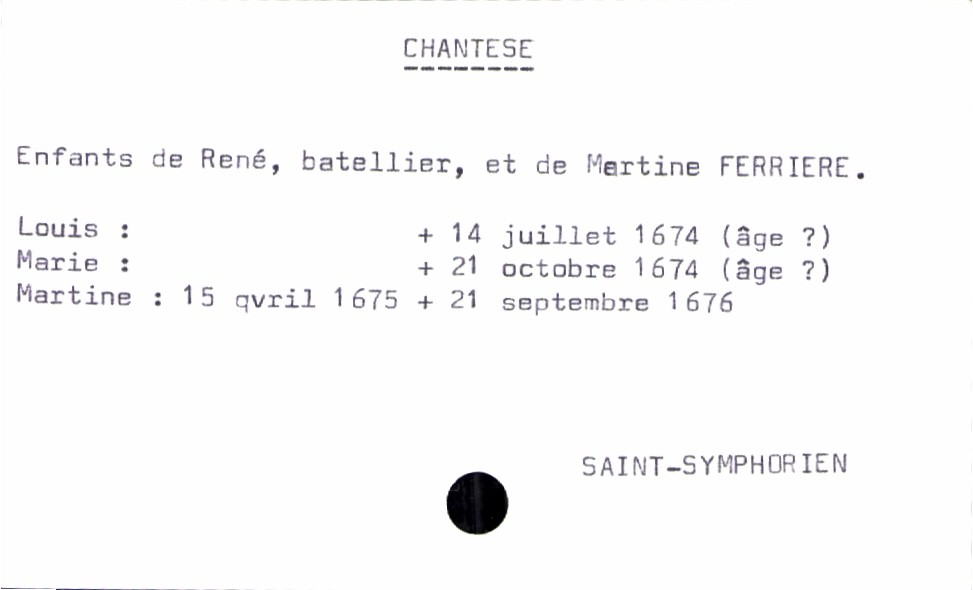
type_acte: Baptême
filiation: fille
enfant_prénom: Martine
enfant_date_de_naissance: 15 avril 1675
enfant_lieu_de_naissance: Saint-Symphorien
enfant_date_de_décès: 21 septembre 1676
enfant_lieu_de_décès: Saint-Symphorien
père_enfant_nom: Chantese
père_enfant_prénom: René
père_enfant_profession: batellier
mère_enfant_nom: Ferriere
mère_enfant_prénom: Martine